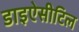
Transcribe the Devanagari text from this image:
डाइऐसीटिल